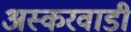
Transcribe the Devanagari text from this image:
अस्करवाडी